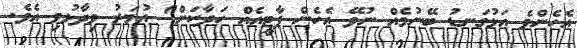
އެހެންވެ އަޅުގަނޑު ބޭނުމެއް ނުވޭ އެހެން ޕާޓީއެއް ހަދާކަށް" އުމަރު ވިދާޅުވި އެވެ.